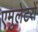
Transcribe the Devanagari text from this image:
एमुलेटरों